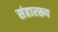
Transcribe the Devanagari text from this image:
संहाररूप